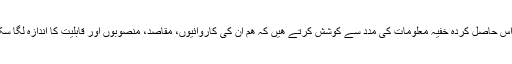
ھم اس حاصل کردہ خفيہ معلومات کی مدد سے کوشش کرتے ھيں کہ ھم ان کی کاروائيوں، مقاصد، منصوبوں اور قابليت کا اندازہ لگا سکيں۔